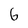
Character: 6